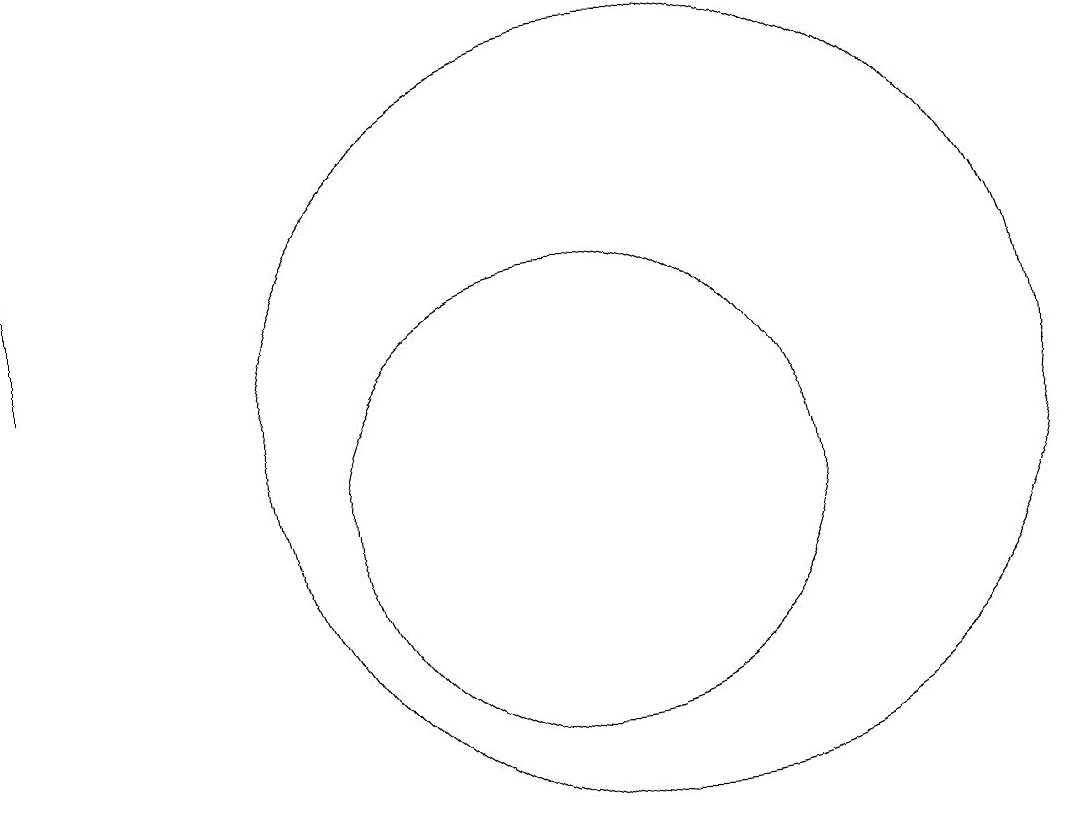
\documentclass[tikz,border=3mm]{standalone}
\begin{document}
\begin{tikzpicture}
\draw (11,10) circle (3);
\draw (4,12) rectangle (4,16);
\draw (12,11) circle (5);
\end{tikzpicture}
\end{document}